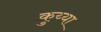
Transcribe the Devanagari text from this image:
कुय्या